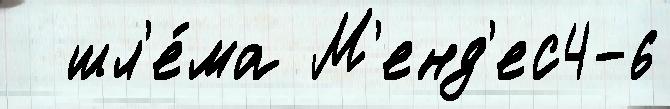
  шл'е́ма М'енд'ес4-6